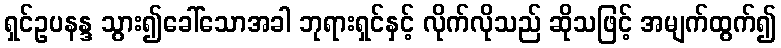
ရှင်ဥပနန္ဒ သွား၍ခေါ်သောအခါ ဘုရားရှင်နှင့် လိုက်လိုသည် ဆိုသဖြင့် အမျက်ထွက်၍